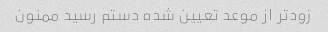
زودتر از موعد تعیین شده دستم رسید ممنون